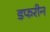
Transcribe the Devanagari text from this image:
डफरीन